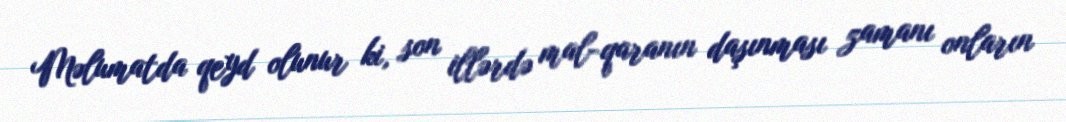
Məlumatda qeyd olunur ki, son illərdə mal-qaranın daşınması zamanı onların